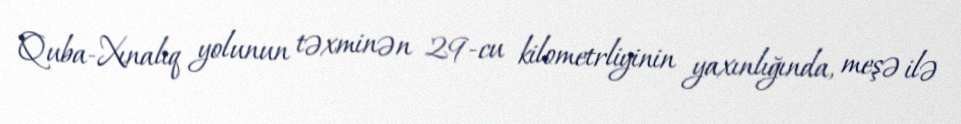
Quba-Xınalıq yolunun təxminən 29-cu kilometrliyinin yaxınlığında, meşə ilə